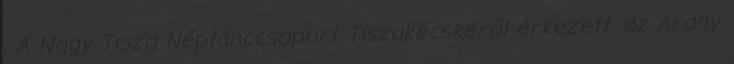
. A Nagy Tisza Néptánccsoport Tiszakécskéről érkezett, az Arany